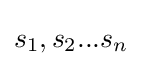
s_{1},s_{2}...s_{n}